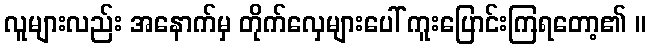
လူများလည်း အနောက်မှ တိုက်လှေများပေါ် ကူးပြောင်းကြရတော့၏ ။